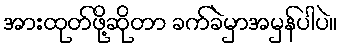
အားထုတ်ဖို့ဆိုတာ ခက်ခဲမှာအမှန်ပါပဲ။